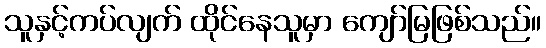
သူနှင့်ကပ်လျက် ထိုင်နေသူမှာ ကျော်မြဖြစ်သည်။